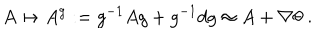
LaTeX: A \mapsto A ^ { g } : = g ^ { - 1 } A g + g ^ { - 1 } d g \approx A + \nabla \theta \; .